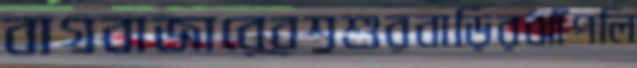
বাগবাজারেরশশুরবাড়িরঝাঁপলি